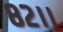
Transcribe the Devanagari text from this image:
८२।।